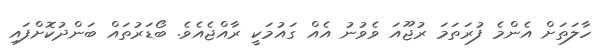
ހާލަތަށް އެންމެ ފުރަތަމަ ރުޖޫއަ ވެވުނު އެއް ގައުމަކީ ރާއްޖެއެވެ. ބޯޑަރުތައް ބަންދުކޮށްފައި